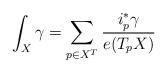
LaTeX: \begin{align*}\int_X \gamma = \sum_{p\in X^T} \frac{i_p^* \gamma}{e(T_p X)}\end{align*}